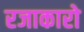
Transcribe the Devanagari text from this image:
रजाकारो